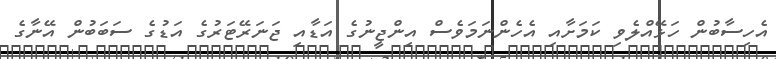
އެހިސާބުން ހަޅޭއްލެވި ކަމަށާއި އެހެންނަމަވެސް އިންޖީނުގެ އަޑާއި ޖަނަރޭޓަރުގެ އަޑުގެ ސަބަބުން އޭނާގެ